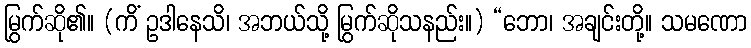
မြွက်ဆို၏။ (ကိံ ဥဒါနေသိ၊ အဘယ်သို့ မြွက်ဆိုသနည်း။) “ဘော၊ အချင်းတို့။ သမဏော